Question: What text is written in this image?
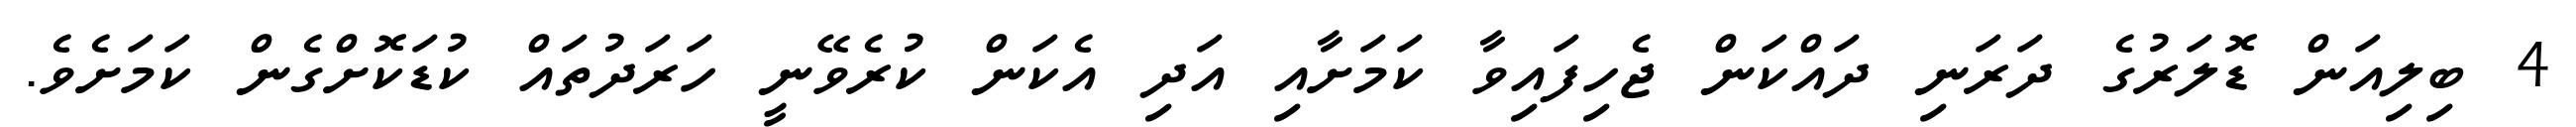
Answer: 4 ބިލިއަން ޑޮލަރުގެ ދަރަނި ދައްކަން ޖެހިފައިވާ ކަމަށާއި އަދި އެކަން ކުރެވޭނީ ހަރަދުތައް ކުޑަކޮށްގެން ކަމަށެވެ.